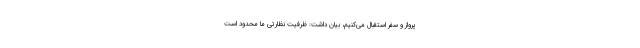
پرواز و سفر استقبال می‌کنیم، بیان داشت: ظرفیت نظارتی ما محدود است